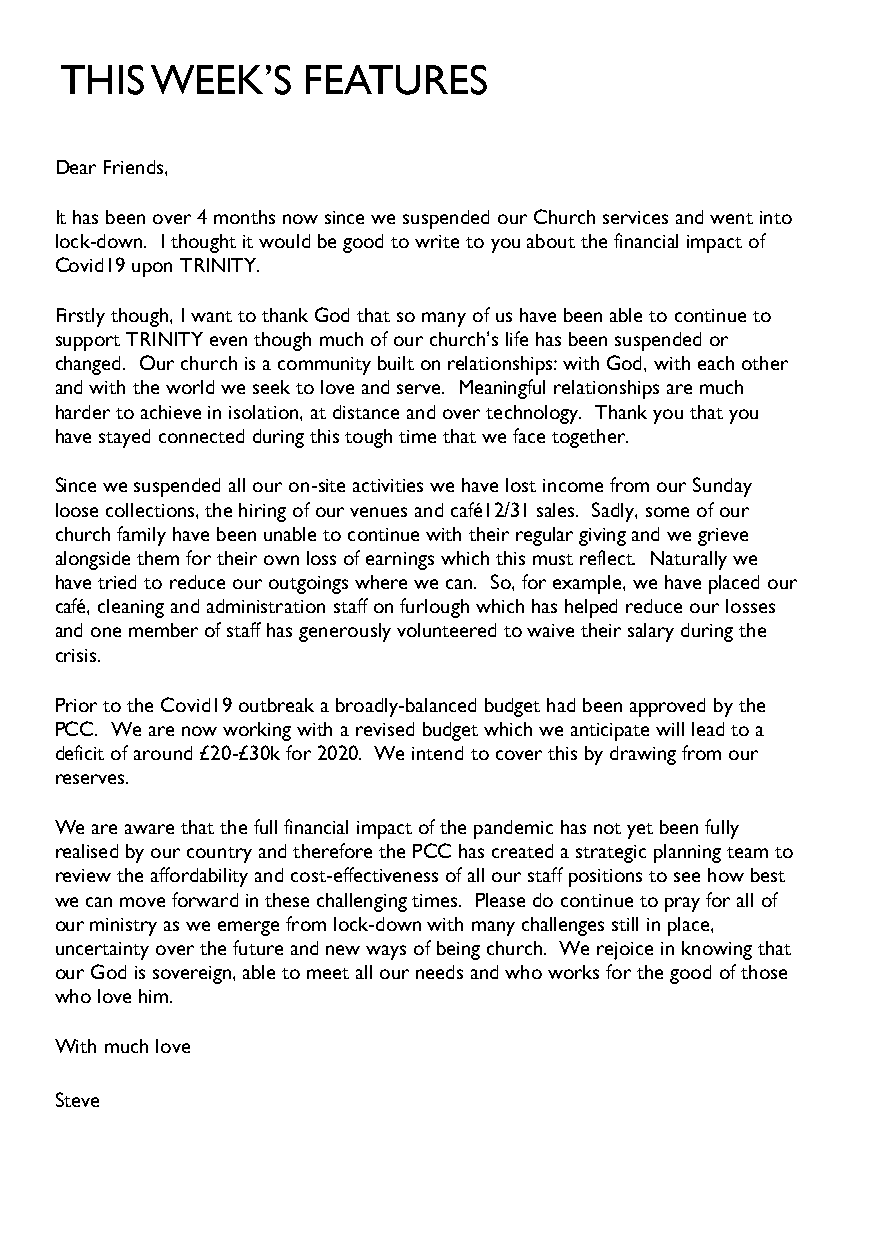
THIS  WEEK’S    FEATURES
 Dear Friends,
 It has been over 4 months now since we suspended our Church services and went into
 lock-down. I thought it would be good to write to you about the financial impact of
 Covid19 upon TRINITY.
 Firstly though, I want to thank God that so many of us have been able to continue to
 support TRINITY even though much of our church’s life has been suspended or
 changed. Our church is a community built on relationships: with God, with each other
 and with the world we seek to love and serve. Meaningful relationships are much
 harder to achieve in isolation, at distance and over technology. Thank you that you
 have stayed connected during this tough time that we face together.
 Since we suspended all our on-site activities we have lost income from our Sunday
 loose collections, the hiring of our venues and café12/31 sales. Sadly, some of our
 church family have been unable to continue with their regular giving and we grieve
 alongside them for their own loss of earnings which this must reflect. Naturally we
 have tried to reduce our outgoings where we can. So, for example, we have placed our
 café, cleaning and administration staff on furlough which has helped reduce our losses
 and one member of staff has generously volunteered to waive their salary during the
 crisis.
 Prior to the Covid19 outbreak a broadly-balanced budget had been approved by the
 PCC. We are now working with a revised budget which we anticipate will lead to a
 deficit of around £20-£30k for 2020. We intend to cover this by drawing from our
 reserves.
 We are aware that the full financial impact of the pandemic has not yet been fully
 realised by our country and therefore the PCC has created a strategic planning team to
 review the affordability and cost-effectiveness of all our staff positions to see how best
 we can move forward in these challenging times. Please do continue to pray for all of
 our ministry as we emerge from lock-down with many challenges still in place,
 uncertainty over the future and new ways of being church. We rejoice in knowing that
 our God is sovereign, able to meet all our needs and who works for the good of those
 who love him.
 With much love
 Steve